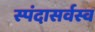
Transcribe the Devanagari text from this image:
स्पंदासर्वस्व